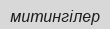
митингілер